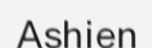
Ashien